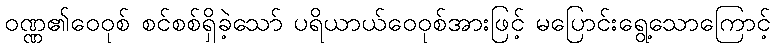
ဝဏ္ဏ၏ဝေဝုစ် စင်စစ်ရှိခဲ့သော် ပရိယာယ်ဝေဝုစ်အားဖြင့် မပြောင်းရွေ့သောကြောင့်